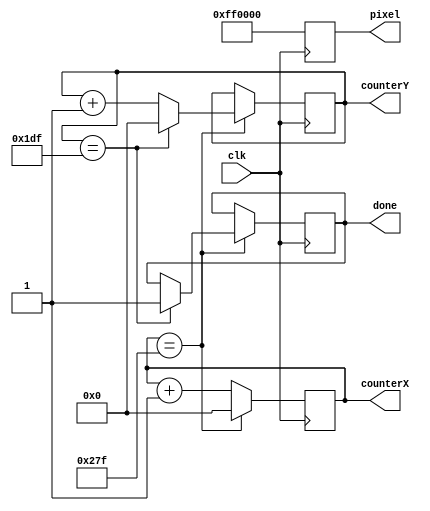
module vgademo(
               input             clk,
               output reg [23:0] pixel,
               output reg [9:0]  counterX,
               output reg [9:0]  counterY,
               output reg        done
               );
   initial counterX = 0;
   initial counterY = 0;
   initial done = 0;
   

   wire                          counterXMaxed = (counterX == 639);
   wire                          counterYMaxed = (counterY == 479);

   always @(posedge clk)
     begin
        if (counterXMaxed)
          begin
             counterX <= 0;
             if (counterYMaxed)
               begin
                  counterY <= 0;
                  done <= 1;
               end
             else
               counterY <= counterY + 1;
          end
        else
          counterX <= counterX + 1;
        pixel <= 24'hff0000;
     end

endmodule